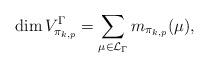
LaTeX: \begin{align*}\dim V_{\pi_{k,p}}^\Gamma= \sum_{\mu\in\mathcal L_\Gamma} m_{\pi_{k,p}}(\mu),\end{align*}